画像に写った文字を読んでください
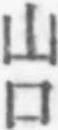
「山口」と書いてあります